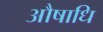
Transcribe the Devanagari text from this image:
औषाधि